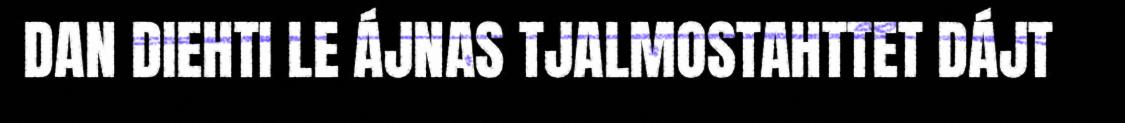
DAN DIEHTI LE ÁJNAS TJALMOSTAHTTET DÁJT